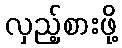
လှည့်စားဖို့